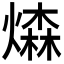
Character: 𤏗